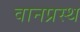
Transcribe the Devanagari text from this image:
वानप्रस्‍थ